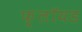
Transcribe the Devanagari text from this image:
फ़्लॉयड